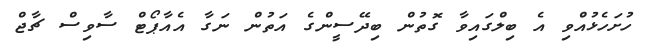
ހުށަހެޅުއްވި އެ ބިލްގައިވާ ގޮތުން ބިދޭސީންގެ އަތުން ނަގާ އެއާޕޯޓް ސާވިސް ޗާޖް